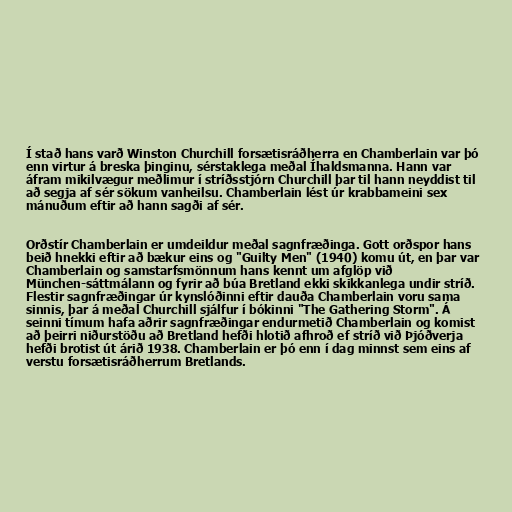
Í stað hans varð Winston Churchill forsætisráðherra en Chamberlain var þó
enn virtur á breska þinginu, sérstaklega meðal Íhaldsmanna. Hann var
áfram mikilvægur meðlimur í stríðsstjórn Churchill þar til hann neyddist til
að segja af sér sökum vanheilsu. Chamberlain lést úr krabbameini sex
mánuðum eftir að hann sagði af sér.

Orðstír Chamberlain er umdeildur meðal sagnfræðinga. Gott orðspor hans
beið hnekki eftir að bækur eins og "Guilty Men" (1940) komu út, en þar var
Chamberlain og samstarfsmönnum hans kennt um afglöp við
München-sáttmálann og fyrir að búa Bretland ekki skikkanlega undir stríð.
Flestir sagnfræðingar úr kynslóðinni eftir dauða Chamberlain voru sama
sinnis, þar á meðal Churchill sjálfur í bókinni "The Gathering Storm". Á
seinni tímum hafa aðrir sagnfræðingar endurmetið Chamberlain og komist
að þeirri niðurstöðu að Bretland hefði hlotið afhroð ef stríð við Þjóðverja
hefði brotist út árið 1938. Chamberlain er þó enn í dag minnst sem eins af
verstu forsætisráðherrum Bretlands.